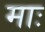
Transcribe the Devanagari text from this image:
माः